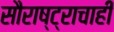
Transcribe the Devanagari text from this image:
सौराष्ट्राचाही